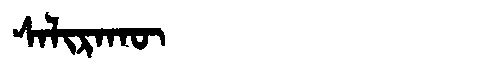
Manchu: ᠰᠠᠯᡳᡵᠠᡴᡡ
Romanization: SALIRAKŪ